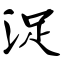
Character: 浞